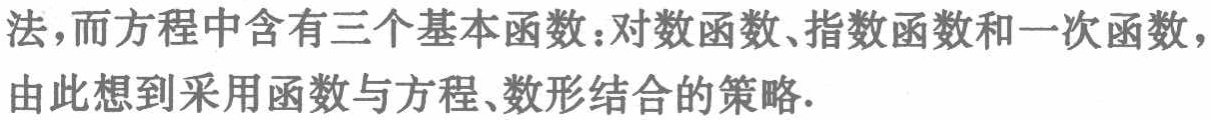
法，而方程中含有三个基本函数：对数函数、指数函数和一次函数，由此想到采用函数与方程、数形结合的策略.